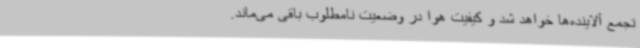
تجمع آلاینده‌ها خواهد شد و کیفیت هوا در وضعیت نامطلوب باقی می‌ماند.